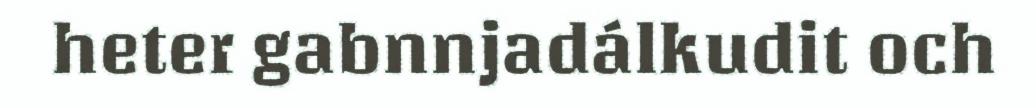
heter gabnnjadálkudit och